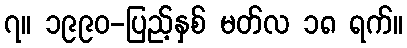
၇။ ၁၉၉၀-ပြည့်နှစ် မတ်လ ၁၈ ရက်။